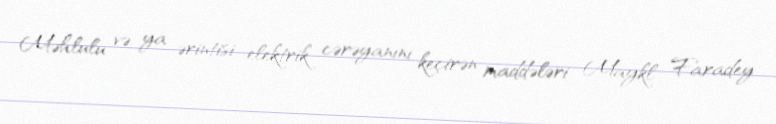
Məhlulu və ya ərintisi elektrik cərəyanını keçirən maddələri Maykl Faradey